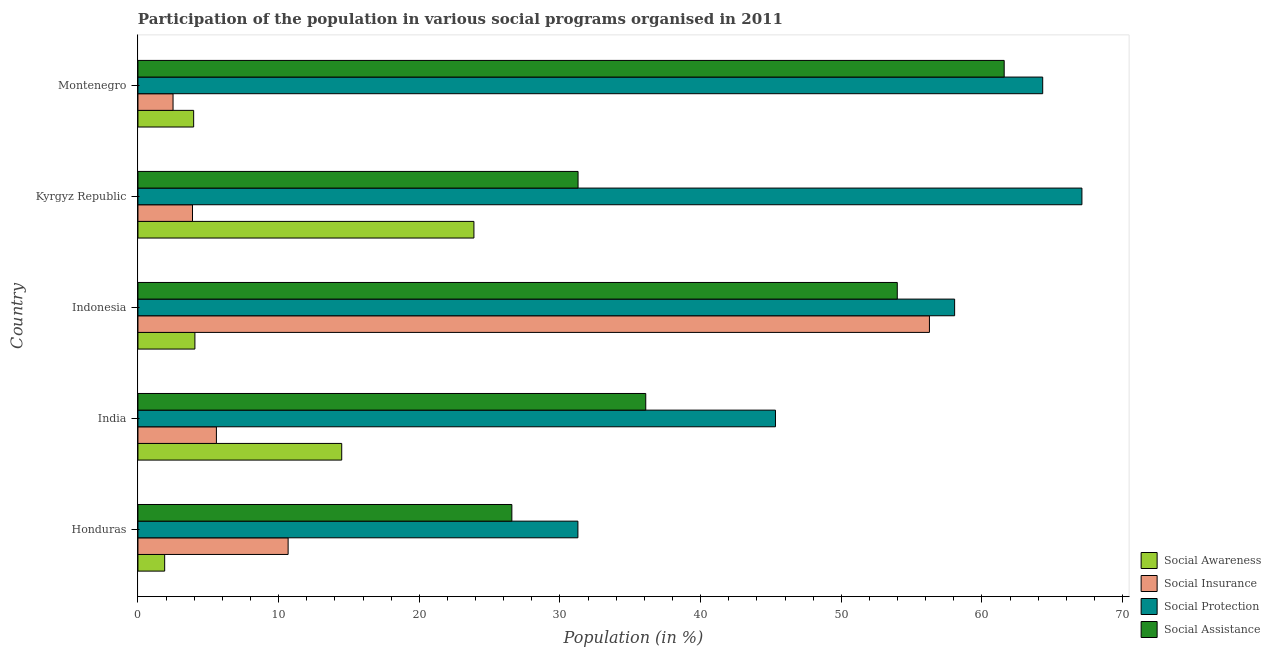
| Country | Social Awareness | Social Insurance | Social Protection | Social Assistance |
 | --- | --- | --- | --- | --- |
 | Honduras | 1.9 | 10.7 | 31.3 | 26.6 |
 | India | 14.5 | 5.58 | 45.3 | 36.1 |
 | Indonesia | 4.05 | 56.3 | 58.1 | 54 |
 | Kyrgyz Republic | 23.9 | 3.88 | 67.1 | 31.3 |
 | Montenegro | 3.96 | 2.49 | 64.3 | 61.6 |